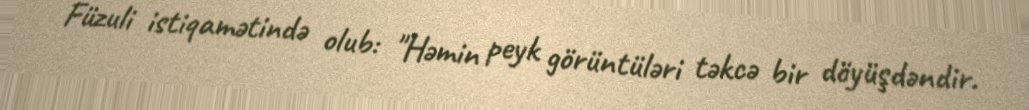
Füzuli istiqamətində olub: "Həmin peyk görüntüləri təkcə bir döyüşdəndir.